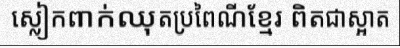
ស្លៀកពាក់ឈុតប្រពៃណីខ្មែរ ពិតជាស្អាត